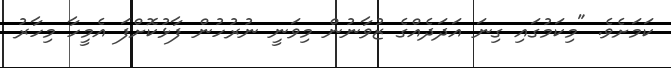
ކަމަށެވެ. "މިކަމުގައި ގިނަ އަދަދެއްގެ ޒުވާނުން މިވަނީ ނުރުހުން ފާޅުކޮށްފަ އެމީހާ މިހާރު